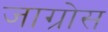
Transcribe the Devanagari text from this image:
जाग्रोस